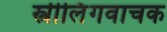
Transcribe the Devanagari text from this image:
स्त्रीलिंगवाचक